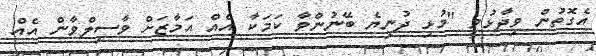
އެގޮތުން ވިދާޅުވީ "މުޅި ދުނިޔެ ބޭނުންވާ ކަމަކާ އެއް އަމާޒަށް ވާސިލްވާން އެއް